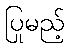
ပြုမည့်